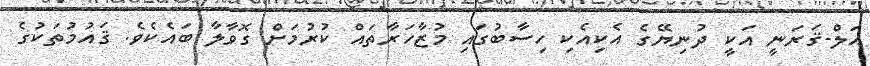
އަލް-ޤަރަނީ އަކީ ދުނިޔޭގެ އެކިއެކި ހިސާބުގައި މުޒާހަރާތައް ކުރުމަށް ގޮވާލާ ބައެކެވެ. ޤައުމުތަކުގެ